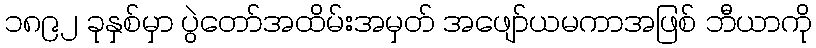
၁၈၉၂ ခုနှစ်မှာ ပွဲတော်အထိမ်းအမှတ် အဖျော်ယမကာအဖြစ် ဘီယာကို